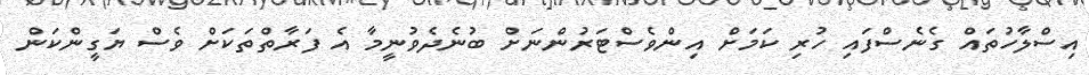
އިސްލާހުތައް ގެނެސްފައި ހުރި ކަމަށް އިންވެސްޓަރުންނަށް ބުނެދެވުނީމާ އެ ފަރާތްތަކަށް ވެސް ޔަގީންކަން